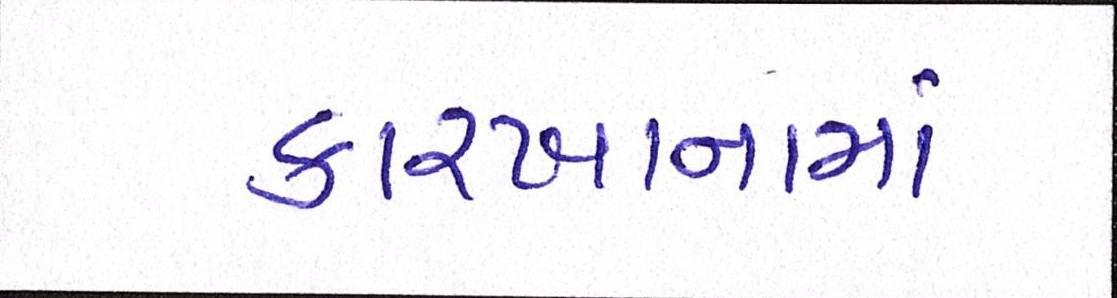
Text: કારખાનામાં